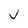
Character: J